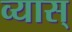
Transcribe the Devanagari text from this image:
व्यास्